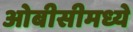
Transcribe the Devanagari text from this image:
ओबीसीमध्ये